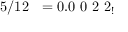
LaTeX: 5 / 1 2 \ \ = 0 . 0 \ 0 \ 2 \ 2 _ { ! }